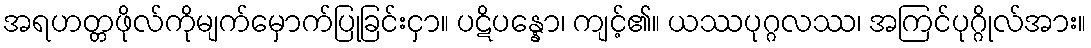
အရဟတ္တဖိုလ်ကိုမျက်မှောက်ပြုခြင်းငှာ။ ပဋိပန္နော၊ ကျင့်၏။ ယဿပုဂ္ဂလဿ၊ အကြင်ပုဂ္ဂိုလ်အား။